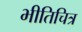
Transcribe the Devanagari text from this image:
भीतिचित्र